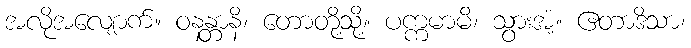
အလိုအလျောက်။ ဝနန္တာနိ၊ တောတို့သို့။ ပက္ကမာမိ၊ သွားအံ့။ ဧတာဒိသာ၊